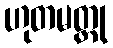
ဟုတမတ္ထု